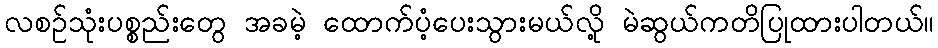
လစဉ်သုံးပစ္စည်းတွေ အခမဲ့ ထောက်ပံ့ပေးသွားမယ်လို့ မဲဆွယ်ကတိပြုထားပါတယ်။